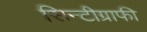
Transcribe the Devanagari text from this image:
सिन्टीग्राफी